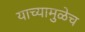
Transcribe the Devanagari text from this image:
याच्यामुळेच